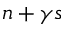
n + \gamma s